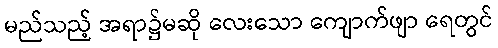
မည်သည့် အရာ၌မဆို လေးသော ကျောက်ဖျာ ရေတွင်